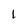
Character: l